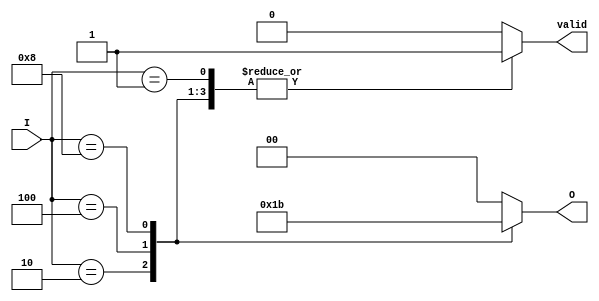
module multilevel_encoder (
    input wire [3:0] I,      // 4 input lines
    output reg [1:0] O,      // 2 output lines
    output reg valid          // Valid signal: 1 if valid input, 0 if invalid
);

    always @(*) begin
        // Default values
        O = 2'b00; // Default output
        valid = 1'b0; // Default as invalid
        
        case (I)
            4'b0001: begin O = 2'b00; valid = 1'b1; end // I0 is active
            4'b0010: begin O = 2'b01; valid = 1'b1; end // I1 is active
            4'b0100: begin O = 2'b10; valid = 1'b1; end // I2 is active
            4'b1000: begin O = 2'b11; valid = 1'b1; end // I3 is active
            default: begin
                // Handle invalid state (when no inputs are active)
                O = 2'b00; // Optional: specify default output for invalid state
                valid = 1'b0; // No valid input is active
            end
        endcase
    end

endmodule